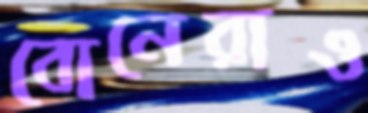
বোনেরাও